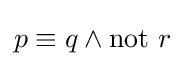
p\equiv q\land \mathrm {not} ~r